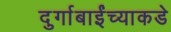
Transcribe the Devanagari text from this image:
दुर्गाबाईंच्याकडे